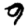
Digit: 9